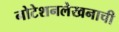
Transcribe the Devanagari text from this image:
नोटेशनलेखनाची